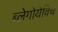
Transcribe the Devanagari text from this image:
ब्लेगोयेविच